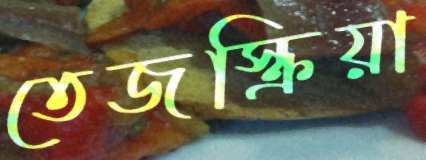
তেজস্ক্রিয়া